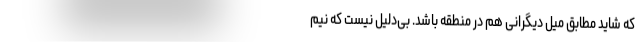
که شاید مطابق میلِ دیگرانی هم در منطقه باشد. بی‌دلیل نیست که نیم‌